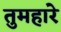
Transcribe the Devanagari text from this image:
तुमहारे